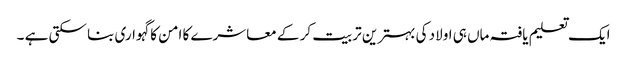
ایک تعلیم یافتہ ماں ہی اولاد کی بہترین تربیت کر کے معاشرے کا امن کا گہواری بنا سکتی ہے ۔